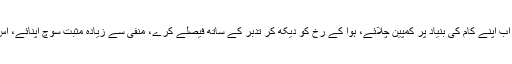
مسلم لیگ کو چاہیے کہ اب اپنے کام کی بنیاد پر کمپین چلائے، ہوا کے رخ کو دیکھ کر تدبّر کے ساتھ فیصلے کرے، منفی سے زیادہ مثبت سوچ اپنائے، اس میں ان کا ہی بھلا ہے۔